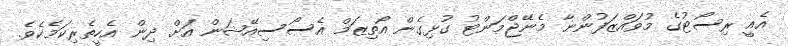
އެއީ ރިސޯޓުގެ މުވައްޒަފުންނާ މެނޭޖްމަންޓު ގުޅިގެން އޯތިޒަމް އެސޯސިއޭޝަން އަށް ދިން އެހީތެރިކަމެކެވެ.